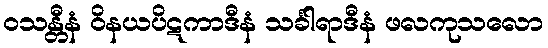
ဝသန္တီနံ ဝိနယပိဋကာဒီနံ သင်္ခါရာဒီနံ ဖလကုသလော